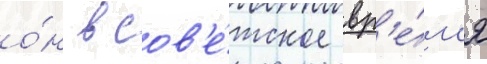
о́н в сов'е́тское вр'е́м'я